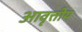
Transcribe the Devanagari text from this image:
आवृत्तीय